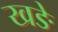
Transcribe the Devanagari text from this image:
खङे